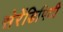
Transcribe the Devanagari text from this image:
सेरेंडिपिटी